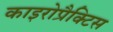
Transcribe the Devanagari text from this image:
काइरोप्रैक्टिस